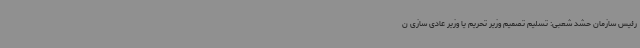
رئیس سازمان حشد شعبی: تسلیم تصمیم وزیر تحریم‌ یا وزیر عادی سازی ن